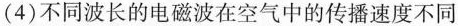
(4)不同波长的电磁波在空气中的传播速度不同